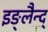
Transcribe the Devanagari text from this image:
इङ्लैन्द्